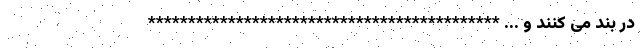
در بند می کنند و ... ********************************************